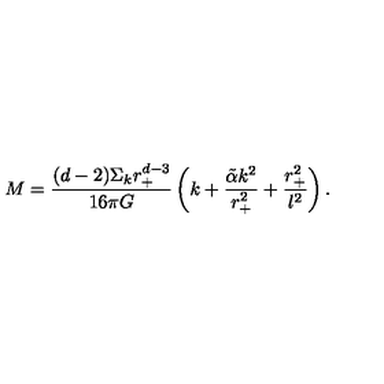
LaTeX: M = \frac { ( d - 2 ) \Sigma _ { k } r _ { + } ^ { d - 3 } } { 1 6 \pi G } \left( k + \frac { \tilde { \alpha } k ^ { 2 } } { r _ { + } ^ { 2 } } + \frac { r _ { + } ^ { 2 } } { l ^ { 2 } } \right) .